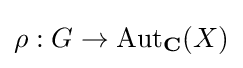
\rho :G\to \mathrm {Aut} _{\mathbf {C} }(X)